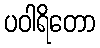
ပဝါရိတော